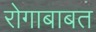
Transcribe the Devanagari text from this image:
रोगाबाबत